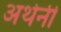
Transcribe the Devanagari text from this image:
अथेनी